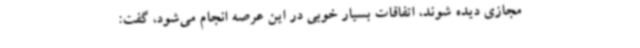
مجازی دیده شوند، اتفاقات بسیار خوبی در این عرصه انجام می‌شود، گفت: